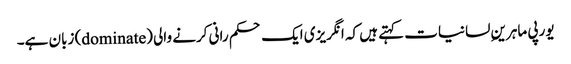
یورپی ماہرینِ لسانیات کہتے ہیں کہ انگریزی ایک حکم رانی کرنے والی (dominate) زبان ہے۔